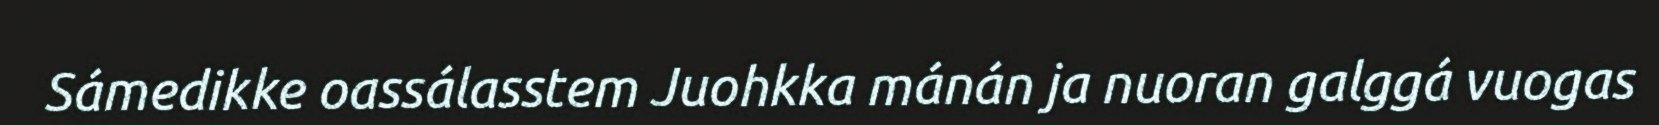
Sámedikke oassálasstem Juohkka mánán ja nuoran galggá vuogas